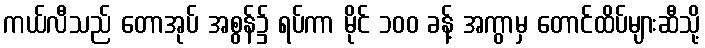
ကယ်လီသည် တောအုပ် အစွန်၌ ရပ်ကာ မိုင် ၁၀၀ ခန့် အကွာမှ တောင်ထိပ်များဆီသို့